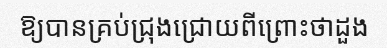
ឱ្យបានគ្រប់ជ្រុងជ្រោយពីព្រោះថាដួង